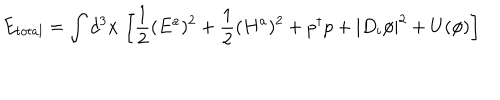
LaTeX: E _ { t o t a l } = \int d ^ { 3 } x \, \left[ \frac { 1 } { 2 } ( E ^ { a } ) ^ { 2 } + \frac { 1 } { 2 } ( H ^ { a } ) ^ { 2 } + p ^ { \dagger } p + | D _ { i } \phi | ^ { 2 } + U ( \phi ) \right]